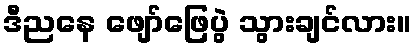
ဒီညနေ ဖျော်ဖြေပွဲ သွားချင်လား။